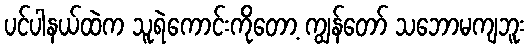
ပင်ပါနယ်ထဲက သူရဲကောင်းကိုတော့ ကျွန်တော် သဘောမကျဘူး